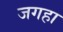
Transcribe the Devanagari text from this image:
जगहा